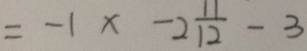
= - 1 \times - 2 \frac { 1 1 } { 1 2 } - 3